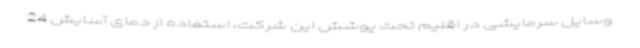
وسایل سرمایشی در اقلیم تحت پوشش این شرکت، استفاده از دمای آسایش 24